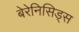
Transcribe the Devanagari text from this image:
बेरेनिसिड्स